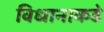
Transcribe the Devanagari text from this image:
विधानाकडे